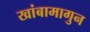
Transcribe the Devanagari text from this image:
खांबामागुन